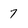
Character: 7